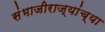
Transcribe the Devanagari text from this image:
संभाजीराज्यांच्या